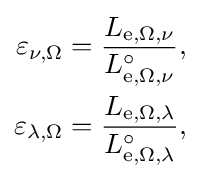
{\begin{aligned}\varepsilon _{\nu ,\Omega }&={\frac {L_{\mathrm {e} ,\Omega ,\nu }}{L_{\mathrm {e} ,\Omega ,\nu }^{\circ }}},\\\varepsilon _{\lambda ,\Omega }&={\frac {L_{\mathrm {e} ,\Omega ,\lambda }}{L_{\mathrm {e} ,\Omega ,\lambda }^{\circ }}},\end{aligned}}